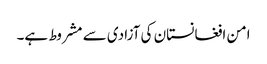
امن افغانستان کی آزادی سے مشروط ہے۔